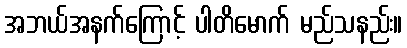
အဘယ်အနက်ကြောင့် ပါတိမောက် မည်သနည်း။